Calcutta medical institutions reports 1879-81 [i.e.91]
Year: 1879
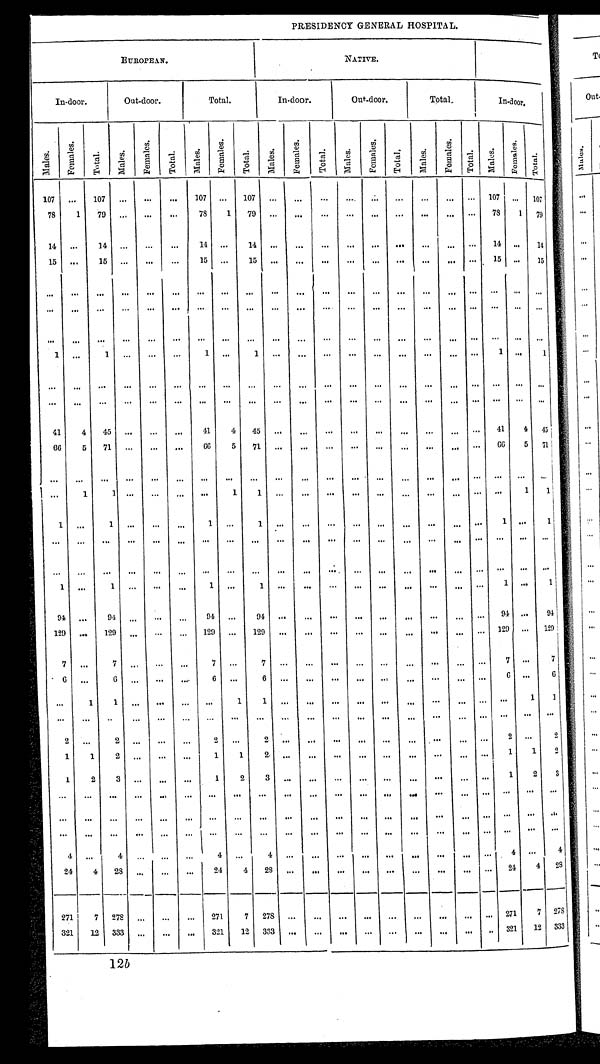
PRESIDENCY GENERAL HOSPITAL.
EUROPEAN.
NATIVE.
In-door.
Out-door.
Total.
In-door.
Out-door.
T o t a l .
In-door.
M a l e s .
F e m a l e s .
T o t a l .
M a l e s .
F e m a l e s .
T o t a l .
M a l e s .
F e m a l e s .
T o t a l .
M a l e s .
F e m a l e s .
T o t a l .
M a l e s .
F e m a l e s .
T o t a l .
M a l e s .
F e m a l e s .
T o t a l . M a l e s .
F e m a l e s .
T o t a l .
107 ... 107 ... ...
. . .
107 ... 107 ... ...
. . .
. . .
. . .
. . .
. . .
. . .
. . .
1 0 7
. . .
1 0 7
78
1 79
. . .
...
. . .
78
1 79
. . .
. . .
...
. . .
. . .
. . .
. . . . . .
. . .
78
1 79
14
. . .
14
. . .
. . .
...
14 ...
14 ...
. . .
. . . . . .
. . .
. . .
. . .
. . .
. . .
14
. . .
14
15 ...
15 ... ...
...
15 ...
1 5
. . .
. . .
. . .
...
. . .
. . .
. . .
. . .
. . .
15
. . .
15
. . .
. . .
. . .
. . .
. . .
. . .
. . .
. . .
. . .
. . .
. . .
. . .
. . .
. . .
. . .
. . .
. . .
. . .
. . .
. . .
. . .
. . .
. . .
. . .
. . .
. . .
. . .
. . .
. . .
. . .
. . .
. . .
. . .
. . .
. . .
. . .
. . .
. . .
. . .
. . .
. . .
. . .
. . .
. . .
. . .
. . .
... ... ...
. . .
. . .
. . .
. . .
... ...
. . .
. . .
. . . . . .
. . .
. . .
. . .
. . .
1 . . . 1
. . .
. . .
. . .
1
. . .
1
. . .
. . .
. . .
. . .
. . .
. . .
. . .
. . .
. . .
1
. . .
1
. . .
. . .
. . .
. . .
. . .
. . .
. . .
. . .
. . .
. . .
. . .
. . .
. . .
. . .
. . .
. . .
. . .
. . .
. . .
. . .
. . .
. . .
. . .
. . .
. . .
. . .
. . .
. . .
. . .
. . .
. . .
. . .
. . .
. . .
. . .
. . .
. . .
. . .
. . .
... ...
41
4 45
. . .
...
. . .
41
4
4 5
. . .
. . . . . .
. . .
. . .
. . .
. . .
. . .
. . .
41
4
45
66
5 71
. . .
. . .
. . .
66
5
71 ...
...
... ...
. . . . . .
...
. . .
. . .
66
5
71
. . .
. . .
. . .
. . .
. . .
. . .
. . .
. . .
. . .
. . .
. . .
. . .
. . .
. . .
. . .
. . .
. . .
. . .
. . .
. . .
. . .
. . .
1
1
. . .
. . .
. . .
. . .
1
1
. . .
. . .
. . .
...
. . .
. . .
. . . . . .
. . .
. . .
1
1 ...
1 ... ...
. . .
1
. . .
1
. . .
. . .
. . .
. . .
. . .
... ...
. . .
. . .
1
...
1
... ... ...
. . .
. . .
. . .
. . .
. . .
. . .
. . .
. . .
. . .
. . .
. . .
. . .
. . .
. . .
. . .
. . .
. . .
. . .
. . .
. . .
. . .
. . .
. . .
. . .
. . .
. . .
. . .
. . .
. . .
. . .
. . .
. . .
. . .
. . .
. . .
. . .
. . .
. . .
. . .
1 ...
1
. . .
. . .
...
1
...
1
. . .
. . .
. . .
. . .
. . .
. . .
. . .
. . .
. . .
1
. . .
1
94
. . .
94
. . .
. . .
. . .
9 4
. . .
9 4
. . .
. . . . . .
. . .
. . .
. . .
. . .
...
. . .
94 ...
94
129 ... 129
. . .
. . .
. . .
129
. . .
129 ...
. . .
. . .
. . .
. . .
. . .
. . .
. . .
. . .
129 ... 129
7
. . .
7
. . .
. . . . . .
7
. . .
7
. . .
. . .
. . .
. . .
. . .
. . .
. . .
. . .
. . . 7
. . .
6
. . .
6
. . .
. . .
. . . 6
. . .
6
. . .
. . .
. . .
. . .
. . .
. . .
. . .
. . .
. . .
6
. . .
6
. . . 1
1
. . .
. . .
. . .
. . .
1
1
. . .
. . .
. . .
. . .
. . .
. . .
. . .
. . .
. . .
. . .
1
1
. . . . . .
. . .
. . .
. . .
. . .
. . .
. . .
. . .
. . .
. . .
. . .
. . .
. . .
. . .
. . .
. . .
. . .
. . .
. . .
. . .
2
. . .
2
. . .
. . .
. . .
2
. . . 2
. . .
. . .
. . .
. . .
. . .
. . .
... ...
. . .
. . .
4 . . .
2
. . . 2
1
1
2
. . .
. . .
. . .
1
1
2
. . .
. . .
. . .
. . .
. . .
. . .
. . .
. . .
. . .
1
1
2
1
2
3
. . .
. . .
. . .
1
2
3
. . .
. . .
. . .
. . .
. . .
. . .
. . .
. . .
. . .
1
2
3
. . . . . .
. . .
. . .
. . .
. . .
. . .
. . .
. . .
. . .
. . .
. . .
. . .
. . .
. . .
. . .
. . .
. . .
. . .
. . .
. . .
. . .
. . .
. . .
. . .
. . .
...
. . .
. . .
. . .
. . .
. . .
. . .
. . .
. . .
. . .
. . .
. . .
. . .
. . .
. . .
. . .
. . .
. . .
. . .
. . .
. . .
. . .
. . .
. . .
. . .
. . .
. . .
. . .
. . .
. . .
. . .
. . .
. . .
...
. . .
. . .
. . .
. . .
4
. . .
4
. . . . . .
. . .
4
. . . 4
. . . . . .
... ...
. . .
...
. . .
. . .
. . .
4
. . . 4
2 4
4
2 8
. . .
. . .
...
2 4
4
2 8
. . .
. . .
. . .
. . .
. . .
. . .
. . .
. . .
. . .
2 4
4
2 8
2 7 1
7
2 7 8
. . .
. . .
...
2 7 1
7
2 7 8 . . .
... ... ...
. . .
... ... ...
. . .
2 7 1
7
2 7
3 2 1
1 2
3 3 3
. . .
. . .
...
3 2 1
1 2
3 3 3
. . .
. . .
. . .
. . .
. . .
. . .
. . .
. . .
. . .
3 2 1 1 2
3 3 3
12 b